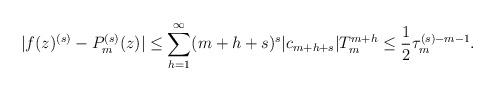
LaTeX: \begin{align*}\vert f(z)^{(s)}-P_{m}^{(s)}(z)\vert \leq \sum_{h=1}^{\infty} (m+h+s)^{s}\vert c_{m+h+s}\vert T_{m}^{m+h}\leq \frac{1}{2}\tau_{m}^{(s) -m-1}.\end{align*}